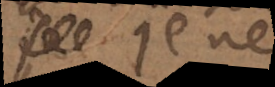
peu je ne